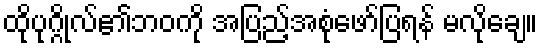
ထိုပုဂ္ဂိုလ်၏ဘဝကို အပြည့်အစုံဖော်ပြရန် မလိုချေ။